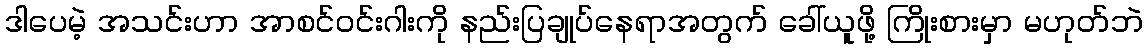
ဒါပေမဲ့ အသင်းဟာ အာစင်ဝင်းဂါးကို နည်းပြချုပ်နေရာအတွက် ခေါ်ယူဖို့ ကြိုးစားမှာ မဟုတ်ဘဲ